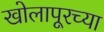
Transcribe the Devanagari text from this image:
खोलापूरच्या